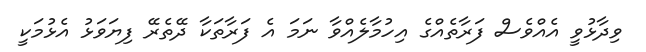
ވިދާޅުވީ އެއްވެސް ފަރާތެއްގެ އިހުމާލެއްވާ ނަމަ އެ ފަރާތަކާ ދޭތެރޭ ފިޔަވަޅު އެޅުމަކީ